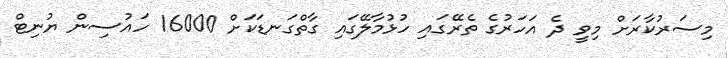
މިސަރުކާރަށް މިވީ ދެ އަހަރުގެ ތެރޭގައި ހުޅުމާލޭގައި ގާތްގަނޑަކަށް 16000 ހައުސިން ޔުނިޓް